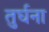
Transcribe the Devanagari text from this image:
तुर्घना